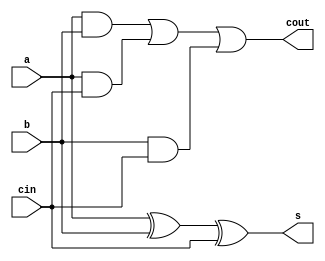
`timescale 1ns / 1ps
//////////////////////////////////////////////////////////////////////////////////
// Company: 
// Engineer: 
// 
// Design Name: 
// Module Name:    suma_0 
// Project Name: 
// Target Devices: 
// Tool versions: 
// Description: 
//
// Dependencies: 
//
// Revision: 
// Revision 0.01 - File Created
// Additional Comments: 
//
//////////////////////////////////////////////////////////////////////////////////

module suma_0(input a,b,cin, output s,cout 
    );
assign s = a ^ b ^ cin;
assign cout = a & b | a & cin | b & cin;

endmodule